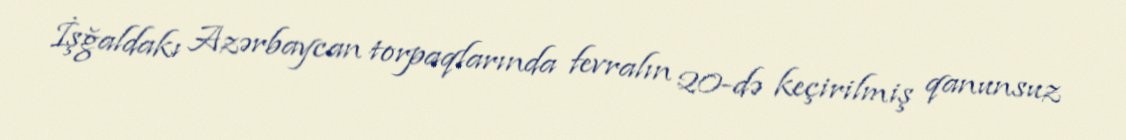
İşğaldakı Azərbaycan torpaqlarında fevralın 20-də keçirilmiş qanunsuz